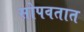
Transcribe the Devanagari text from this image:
सोपवतात